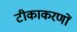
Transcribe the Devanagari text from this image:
टीकाकरणों